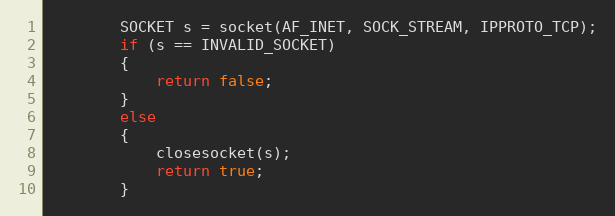
Language: C
        SOCKET s = socket(AF_INET, SOCK_STREAM, IPPROTO_TCP);
        if (s == INVALID_SOCKET)
        {
            return false;
        }
        else
        {
            closesocket(s);
            return true;
        }